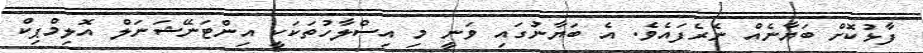
ފާޅުކޮށް ބަޔާނެއް ނެރެފައެވެ. އެ ބަޔާނުގައި ވަނީ މި އިސްލާހުތަކަކީ އިންޓަނޭޝަނަލް އޮލިމްޕިކް